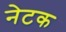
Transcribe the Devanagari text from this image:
नेटक